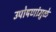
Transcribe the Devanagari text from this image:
उपोषणांमुळे